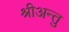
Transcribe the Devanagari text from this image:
श्रीअन्तु